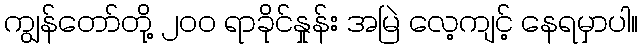
ကျွန်တော်တို့ ၂၀၀ ရာခိုင်နှုန်း အမြဲ လေ့ကျင့် နေရမှာပါ။